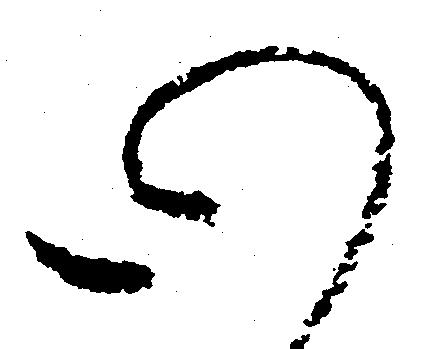
心